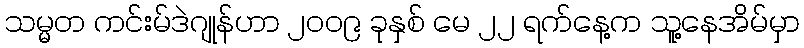
သမ္မတ ကင်းမ်ဒဲဂျုန်ဟာ ၂၀၀၉ ခုနှစ် မေ ၂၂ ရက်နေ့က သူ့နေအိမ်မှာ